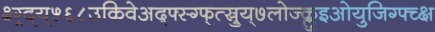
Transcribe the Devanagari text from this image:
क्ष्ग्र्द्य्५६८उकिवेअद्फ्स्ग्फ्त्स्र्रुय्७लोज्क्लुइओयुजिग्फ्च्क्ष